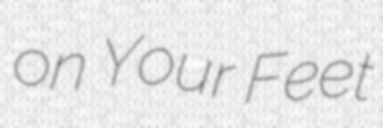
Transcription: on Your Feet